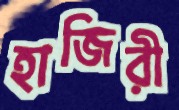
হাজিরী